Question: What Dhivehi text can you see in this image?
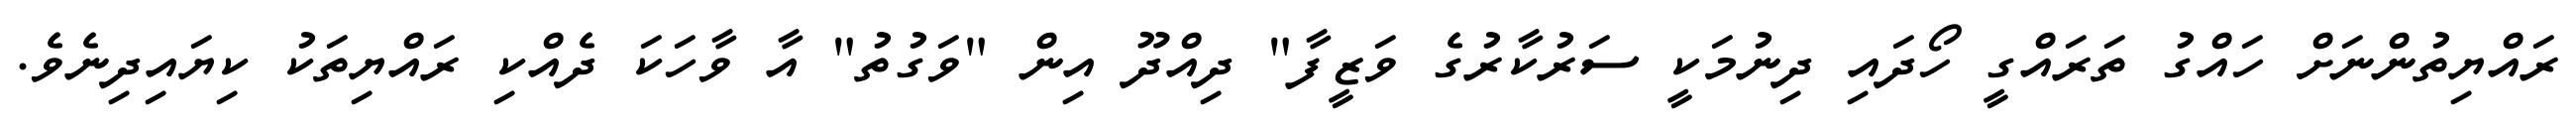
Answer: ރައްޔިތުންނަށް ހައްގު ތަރައްގީ ހޯދައި ދިނުމަކީ ސަރުކާރުގެ ވަޒީފާ" ދިއްދޫ އިން "ވަގުތު" އާ ވާހަކަ ދެއްކި ރައްޔިތަކު ކިޔައިދިނެވެ.